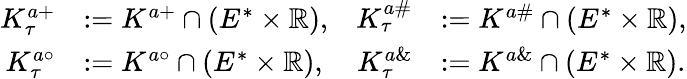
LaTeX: \begin{array}{rlrl}{K_{\tau}^{a+}}&{:=K^{a+}\cap(E^{*}\times\mathbb{R}),}&{K_{\tau}^{a\# }}&{:=K^{a\# }\cap(E^{*}\times\mathbb{R}),}\\ {K_{\tau}^{a\circ}}&{:=K^{a\circ}\cap(E^{*}\times\mathbb{R}),}&{K_{\tau}^{a\& }}&{:=K^{a\& }\cap(E^{*}\times\mathbb{R}).}\end{array}